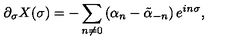
\partial _ { \sigma } X ( \sigma ) = - \sum _ { n \ne 0 } \left( \alpha _ { n } - \tilde { \alpha } _ { - n } \right) e ^ { i n \sigma } ,